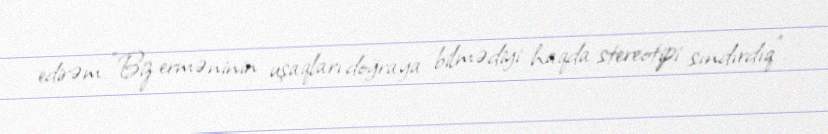
edirəm: "Biz erməninin uşaqları doğraya bilmədiyi haqda stereotipi sındırdıq”.